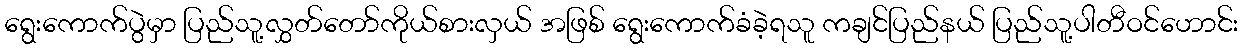
ရွေးကောက်ပွဲမှာ ပြည်သူ့လွှတ်တော်ကိုယ်စားလှယ် အဖြစ် ရွေးကောက်ခံခဲ့ရသူ ကချင်ပြည်နယ် ပြည်သူ့ပါတီဝင်ဟောင်း